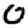
Digit: 0